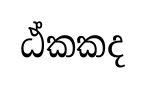
ඨ්කකද